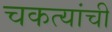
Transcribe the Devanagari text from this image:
चकत्यांची